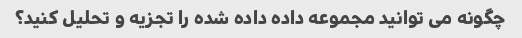
چگونه می توانید مجموعه داده داده شده را تجزیه و تحلیل کنید؟